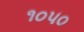
૧૦૫૦